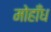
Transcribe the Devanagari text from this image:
मोहाँध